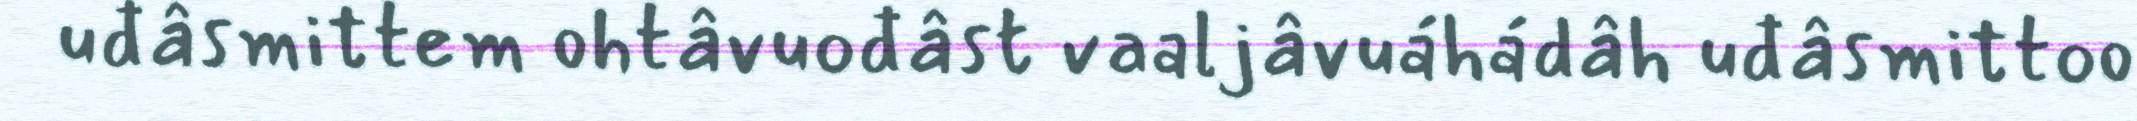
uđâsmittem ohtâvuođâst vaaljâvuáhádâh uđâsmittoo